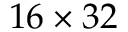
1 6 \times 3 2